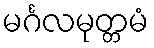
မင်္ဂလမုတ္တမံ